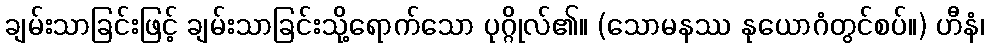
ချမ်းသာခြင်းဖြင့် ချမ်းသာခြင်းသို့ရောက်သော ပုဂ္ဂိုလ်၏။ (သောမနဿ နုယောဂံတွင်စပ်။) ဟီနံ၊